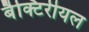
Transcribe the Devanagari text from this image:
बैक्टिरीयल